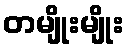
တမျိုးမျိုး